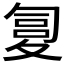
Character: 𰋏